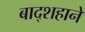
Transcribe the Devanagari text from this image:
बाद्शहाने